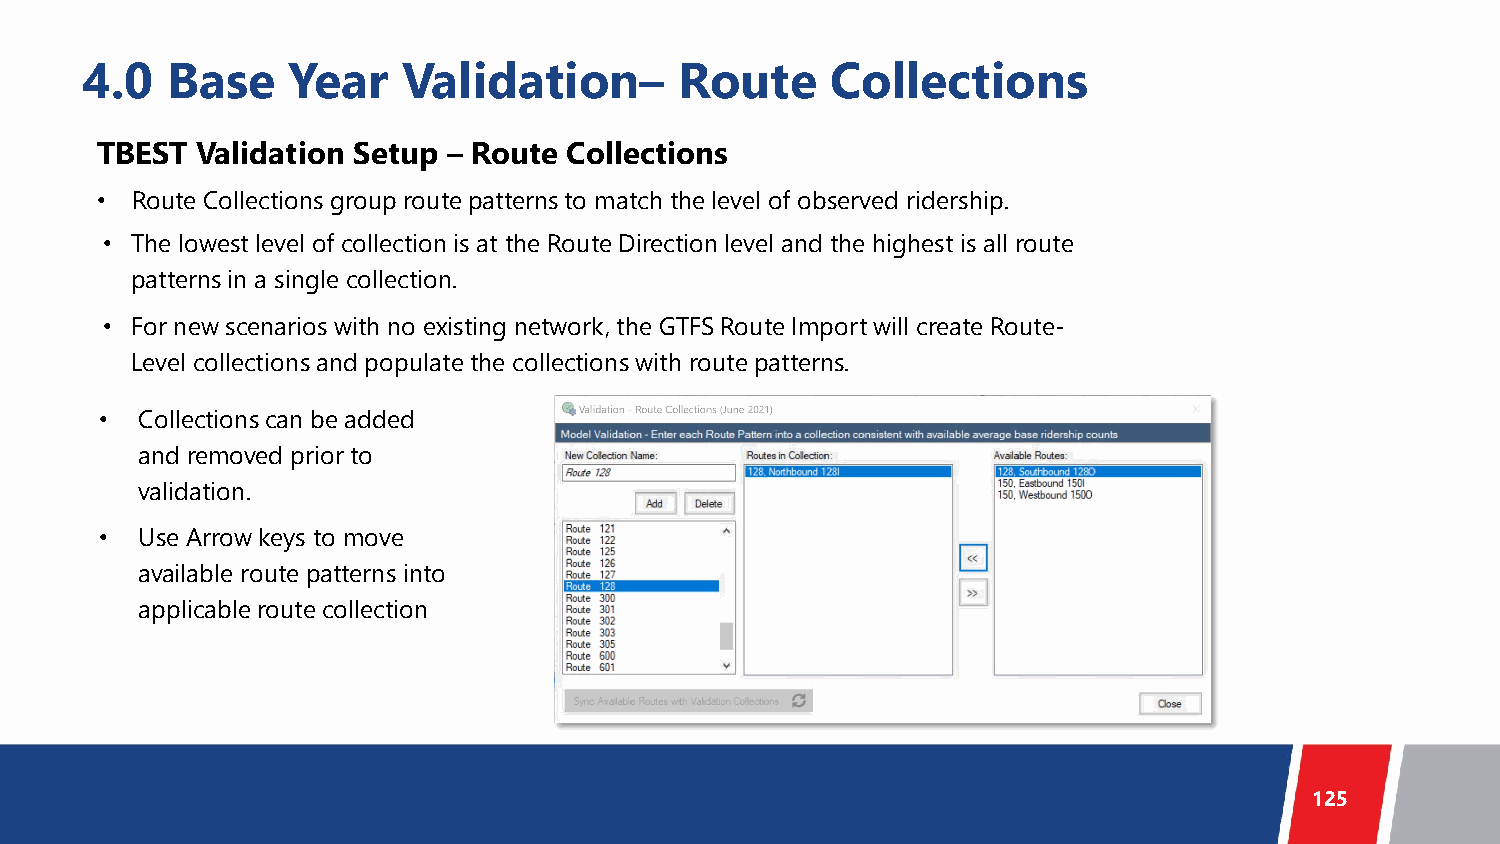
4.0   Base    Year    Validation–       Route     Collections
 TBEST  Validation Setup – Route Collections
 •  Route Collections group route patterns to match the level of observed ridership.
 • The lowest level of collection is at the Route Direction level and the highest is all route
 patterns in a single collection.
 • For new scenarios with no existing network, the GTFS Route Import will create Route-
 Level collections and populate the collections with route patterns.
 • Collections can be added
 and removed prior to
 validation.
 • Use Arrow keys to move
 available route patterns into
 applicable route collection
 125